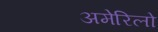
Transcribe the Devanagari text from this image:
अमेरिलो